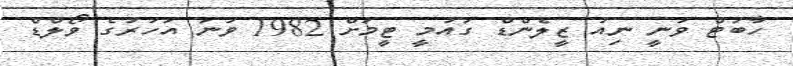
ހާބަޓް ވަނީ ނިއު ޒީލެންޑް ގައުމީ ޓީމަށް 1982 ވަނަ އަހަރުގެ ވޯލްޑް